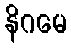
နိဂမေ